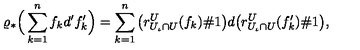
\varrho _ { * } \Big ( \sum _ { k = 1 } ^ { n } f _ { k } d ^ { \prime } f _ { k } ^ { \prime } \Big ) = \sum _ { k = 1 } ^ { n } \big ( r _ { U _ { \iota } \cap U } ^ { U } ( f _ { k } ) \# 1 \big ) d \big ( r _ { U _ { \iota } \cap U } ^ { U } ( f _ { k } ^ { \prime } ) \# 1 \big ) ,